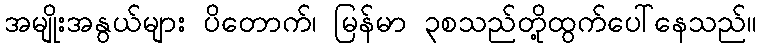
အမျိုးအနွယ်များ ပိတောက်၊ မြန်မာ ၃စသည်တို့ထွက်ပေါ်နေသည်။